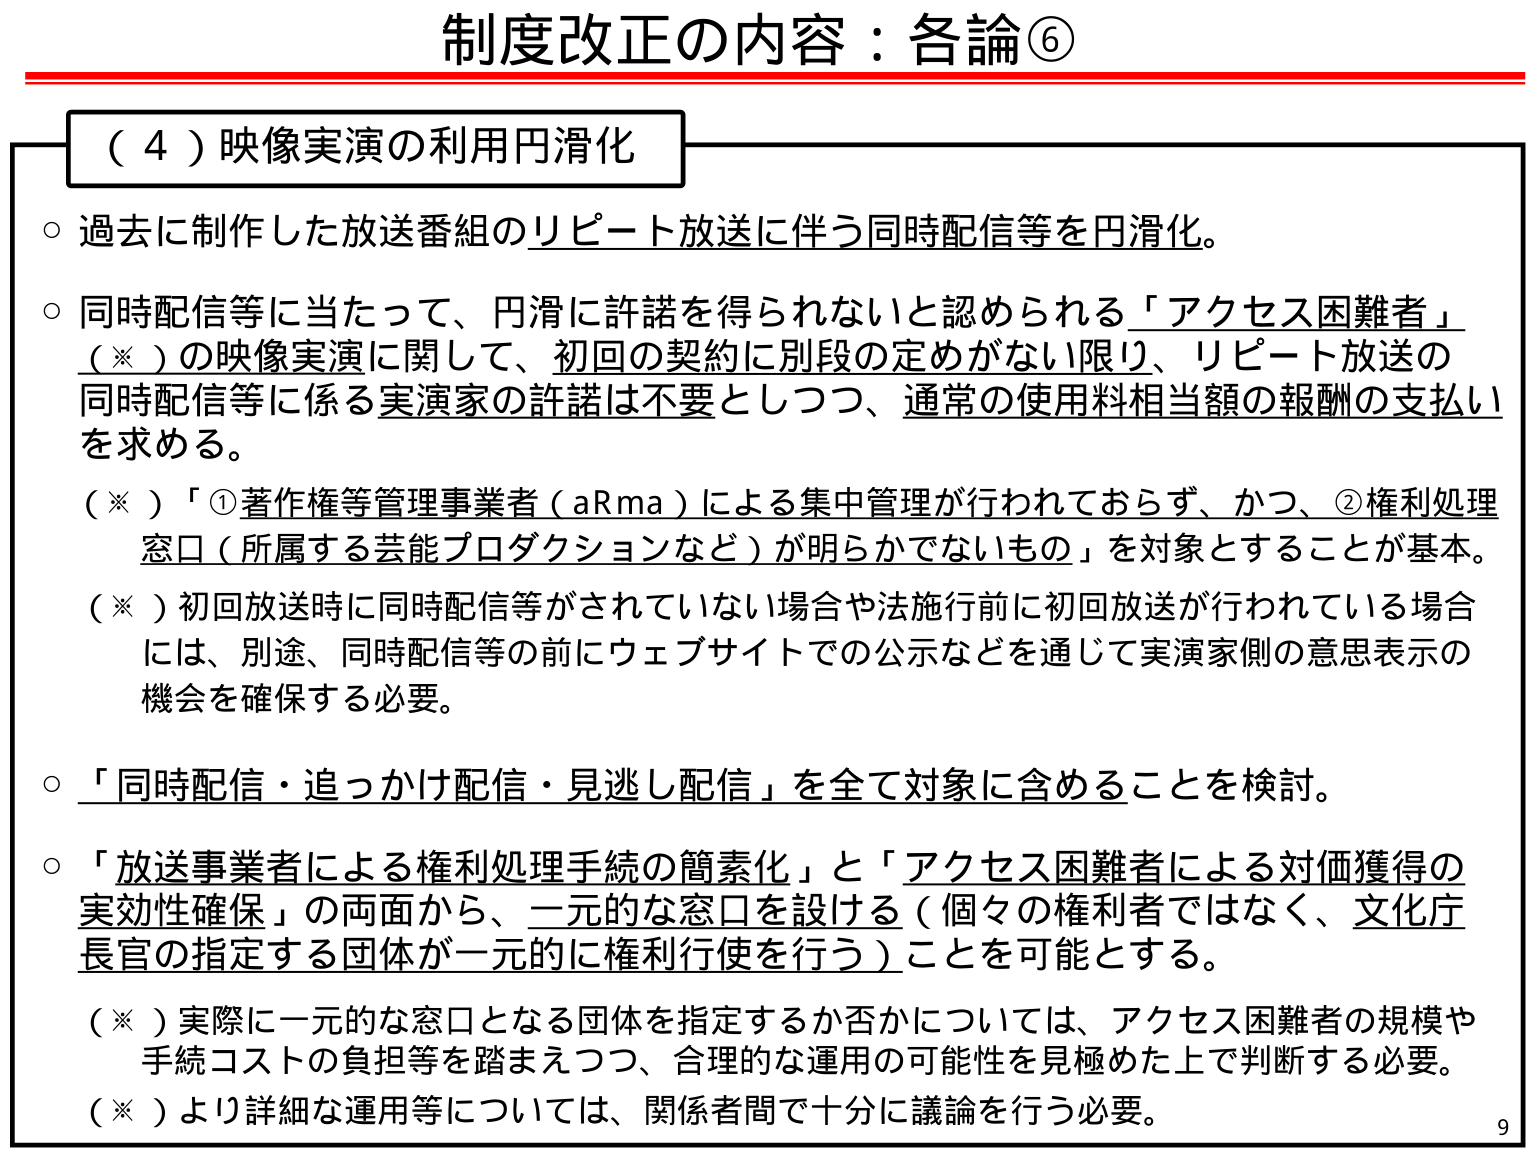
制度改正の内容：各論⑥

（４）映像実演の利用円滑化

○ 過去に制作した放送番組のリピート放送に伴う同時配信等を円滑化。

○ 同時配信等に当たって、円滑に許諾を得られないと認められる「アクセス困難者」（※）の映像実演に関して、初回の契約に別段の定めがない限り、リピート放送の同時配信等に係る実演家の許諾は不要としつつ、通常の使用料相当額の報酬の支払いを求める。

（※）「①著作権等管理事業者（aRma）による集中管理が行われておらず、かつ、②権利処理窓口（所属する芸能プロダクションなど）が明らかでないもの」を対象とすることが基本。

（※）初回放送時に同時配信等がされていない場合や法施行前に初回放送が行われている場合には、別途、同時配信等の前にウェブサイトでの公示などを通じて実演家側の意思表示の機会を確保する必要。

○ 「同時配信・追っかけ配信・見逃し配信」を全て対象に含めることを検討。

○ 「放送事業者による権利処理手続の簡素化」と「アクセス困難者による対価獲得の実効性確保」の両面から、一元的な窓口を設ける（個々の権利者ではなく、文化庁長官の指定する団体が一元的に権利行使を行う）ことを可能とする。

（※）実際に一元的な窓口となる団体を指定するか否かについては、アクセス困難者の規模や手続コストの負担等を踏まえつつ、合理的な運用の可能性を見極めた上で判断する必要。

（※）より詳細な運用等については、関係者間で十分に議論を行う必要。

9